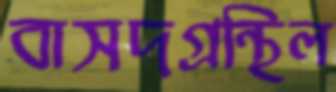
বাসদগ্রন্থিল